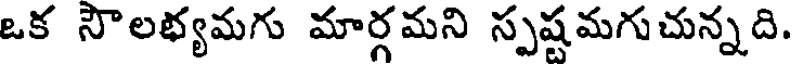
ఒక సౌలభ్యమగు మార్గమని స్పష్టమగుచున్నది.